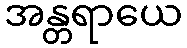
အန္တရာယေ